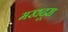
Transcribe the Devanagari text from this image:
मखदूरा